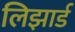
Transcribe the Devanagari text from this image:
लिझार्ड